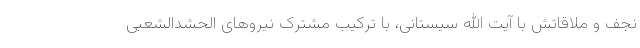
نجف و ملاقاتش با آیت الله سیستانی، با ترکیب مشترک نیروهای الحشدالشعبی